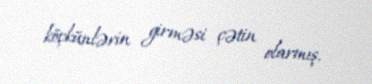
köçkünlərin girməsi çətin olarmış.